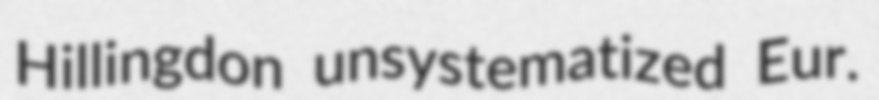
Hillingdon unsystematized Eur.